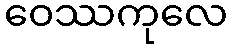
ဝေဿကုလေ